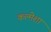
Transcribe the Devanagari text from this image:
कल्मेशा